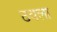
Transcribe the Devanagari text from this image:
ठवला